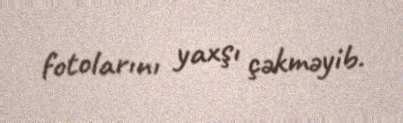
fotolarını yaxşı çəkməyib.